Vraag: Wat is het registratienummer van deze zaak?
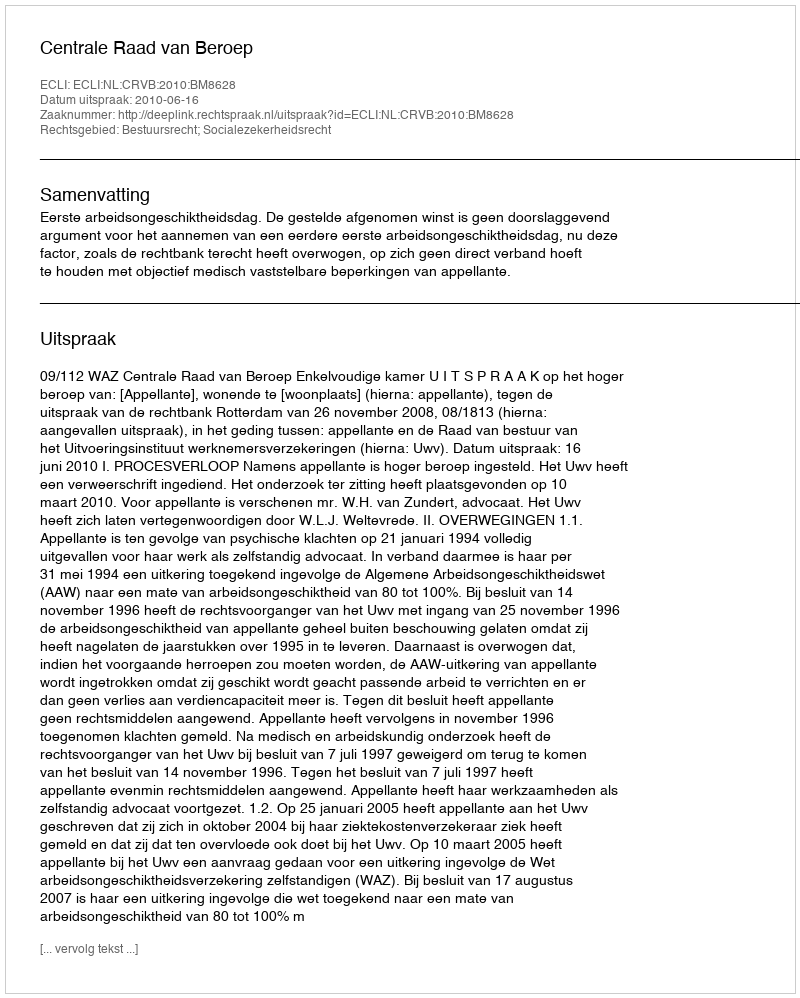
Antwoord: http://deeplink.rechtspraak.nl/uitspraak?id=ECLI:NL:CRVB:2010:BM8628